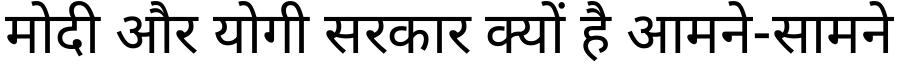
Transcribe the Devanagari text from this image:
मोदी और योगी सरकार क्यों है आमने-सामने